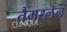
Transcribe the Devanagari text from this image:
तैमरलेन